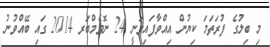
މި ބިލުގެ ފުރަތަމަ ކިޔުން އިއްވާފައިވަނީ 24 ނޮވެމްބަރ 2014 ގައި ބޭއްވުނު